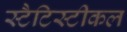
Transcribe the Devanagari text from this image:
स्टैटिस्टीकल